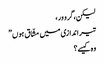
لیکن، گرو ور ،
تیر اندازی میں مشّاق ہوں ”
وہ کیسے؟